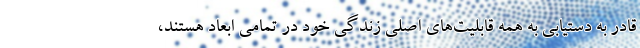
قادر به دستیابی به همه قابلیت‌های اصلی زندگی خود در تمامی ابعاد هستند،